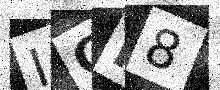
Text: IGK8